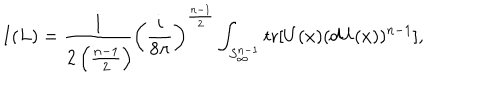
I ( L ) = \frac { 1 } { 2 \left( \frac { n - 1 } { 2 } \right) \! } \left( \frac { i } { 8 \pi } \right) ^ { \frac { n - 1 } { 2 } } \int _ { S _ { \infty } ^ { n - 1 } } \mathrm { t r } [ U ( x ) ( d U ( x ) ) ^ { n - 1 } ] ,